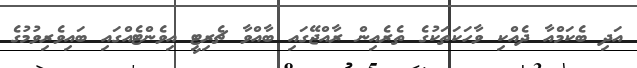
އަދި ބެކަމްއާ ދެއްކި ވާހަކަތަކުގެ ތެރެއިން ރާއްޖޭގައި ބާއްވާ ޗެރިޓީ އިވެންޓެއްގައި ބައިވެރިވުމުގެ